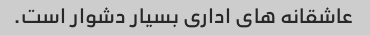
عاشقانه های اداری بسیار دشوار است.